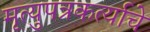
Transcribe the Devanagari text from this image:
मृत्युपत्रकर्त्याचे